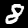
Label: 8